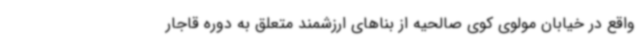
واقع در خیابان مولوی کوی صالحیه از بناهای ارزشمند متعلق به دوره قاجار